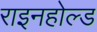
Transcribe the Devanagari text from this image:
राइनहोल्ड